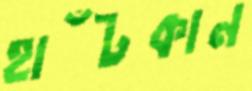
হাঁটকান